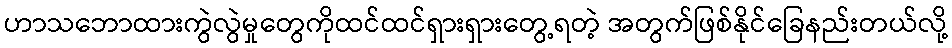
ဟာသဘောထားကွဲလွဲမှုတွေကိုထင်ထင်ရှားရှားတွေ့ရတဲ့ အတွက်ဖြစ်နိုင်ခြေနည်းတယ်လို့